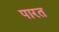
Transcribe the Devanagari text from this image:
पारत